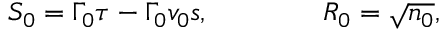
S _ { 0 } = \Gamma _ { 0 } \tau - \Gamma _ { 0 } v _ { 0 } s , \qquad \qquad R _ { 0 } = { \sqrt { n _ { 0 } } } ,